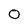
Character: 0